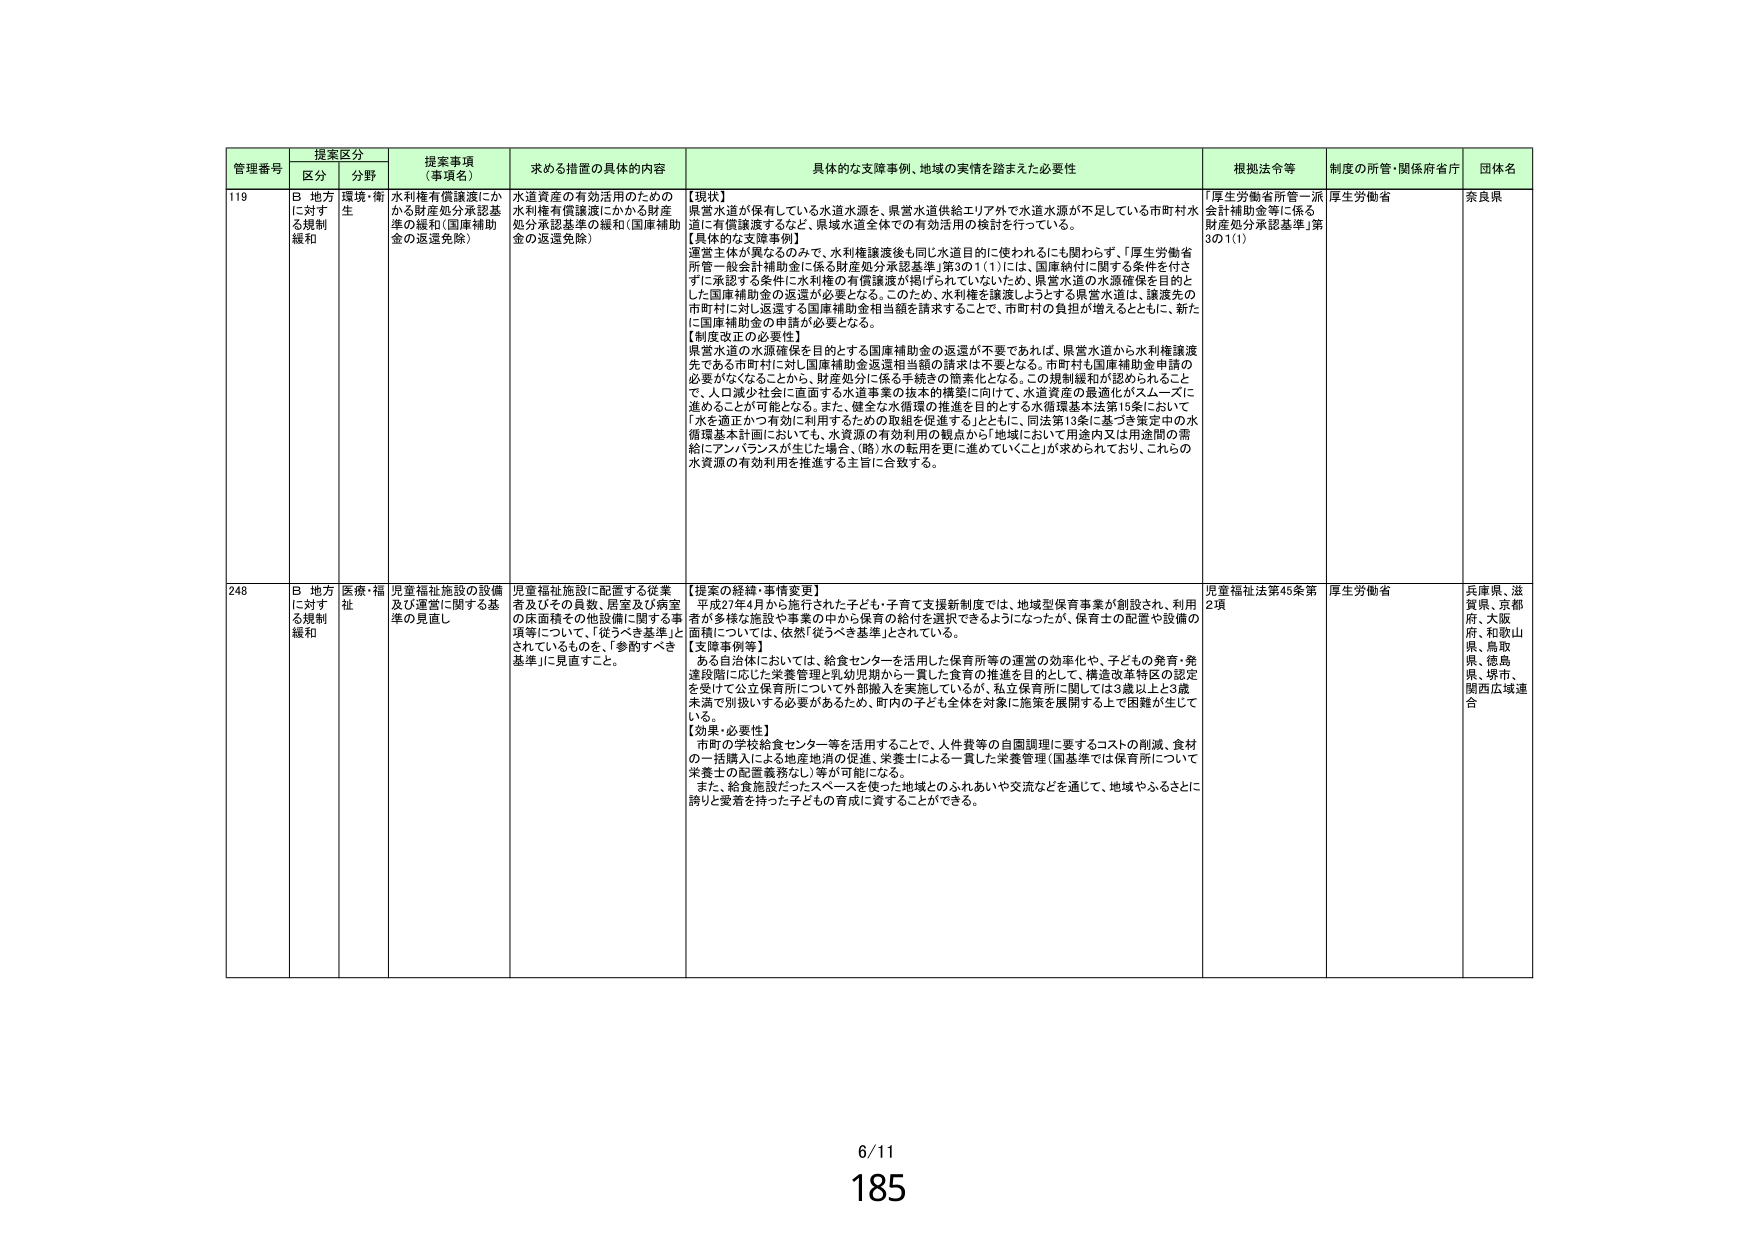
管理番号 提案区分 提案事項（事項名） 求める措置の具体的内容 具体的な支援事例、地域の実情を踏まえた必要性 根拠法令等 制度の所管・関係府省庁 団体名
区分 分野
119 B 地方に対する規制緩和 環境・衛生 水利権有償譲渡にかかる財産処分承認基準の緩和（国庫補助金の返還免除） 水道資産の有効活用のための水利権有償譲渡にかかる財産処分承認基準の緩和（国庫補助金の返還免除） 【現状】 県営水道が保有している水道水源を、県営水道供給エリア外で水道水源が不足している市町村水道に有償譲渡するなど、県域水道全体での有効活用の検討を行っている。 【具体的な支援事例】 運営主体が異なるのみで、水利権譲渡後も同じ水道目的に使われるにも関わらず、「厚生労働省所管一般会計補助金に係る財産処分承認基準」第3の1(1)には、国庫納付に関する条件を付さずに承認する条件に水利権の有償譲渡が掲げられていないため、県営水道の水源確保を目的とした国庫補助金の返還が必要となる。このため、水利権を譲渡しようとする県営水道は、譲渡先の市町村に対し返還する国庫補助金相当額を請求することで、市町村の負担が増えるとともに、新たに国庫補助金の申請が必要となる。 【制度改正の必要性】 県営水道の水源確保を目的とする国庫補助金の返還が不要であれば、県営水道から水利権譲渡先である市町村に対し国庫補助金返還相当額の請求は不要となる。市町村も国庫補助金申請の必要がなくなることから、財産処分に係る手続きの簡素化となる。この規制緩和が認められることで、人口減少社会に直面する水道事業の抜本的構築に向けて、水道資産の最適化がスムーズに進めることができる。また、健全な水循環の推進を目的とする水循環基本法第15条において「水を適正かつ有効に利用するための取組を促進する」とともに、同法第13条に基づき策定中の水循環基本計画においても、水資源の有効利用の観点から「地域において用途内又は用途間の需給にアンバランスが生じた場合、（略）水の転用を更に進めていくことが求められており、これらの水資源の有効利用を推進する主旨に合致する。 「厚生労働省所管一般会計補助金等に係る財産処分承認基準」第3の1(1) 厚生労働省 奈良県
248 B 地方に対する規制緩和 医療・福祉 児童福祉施設の設備及び運営に関する基準の見直し 児童福祉施設に配置する従業者及びその員数、居室及び病室の床面積その他設備に関する事項等について、「従うべき基準」とされているものを、「参酌すべき基準」に見直すこと。 【提案の経緯・事情変更】 平成27年4月から施行された子ども・子育て支援新制度では、地域型保育事業が創設され、利用者が多様な施設や事業の中から保育の給付を選択できるようになったが、保育士の配置や設備の面積については、依然「従うべき基準」とされている。 【支障事例等】 ある自治体においては、給食センターを活用した保育所等の運営の効率化や、子どもの発育・発達段階に応じた栄養管理と乳幼児期から一貫した食育の推進を目的として、構造改革特区の認定を受けて公立保育所について外部搬入を実施しているが、私立保育所に関しては3歳以上と3歳未満で別扱いする必要があるため、町内の子ども全体を対象に施策を展開する上で困難が生じている。 【効果・必要性】 市町の学校給食センター等を活用することで、人件費等の自園調理に要するコストの削減、食材の一括購入による地産地消の促進、栄養士による一貫した栄養管理（国基準では保育所については栄養士の配置義務なし）等が可能になる。 また、給食施設だったスペースを使った地域とのふれあいや交流などを通じて、地域やふるさとに誇りと愛着を持った子どもの育成に資することができる。 児童福祉法第45条第2項 厚生労働省 兵庫県、滋賀県、京都府、大阪府、和歌山県、鳥取県、徳島県、堺市、関西広域連合
6/11
185